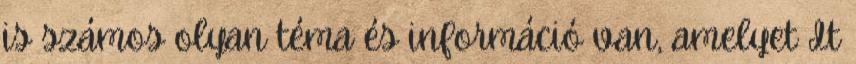
is számos olyan téma és információ van, amelyet It